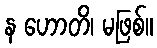
န ဟောတိ၊ မဖြစ်။